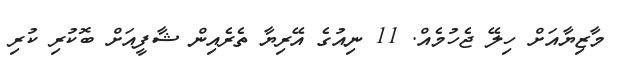
މާޒިޔާއަށް ހިލޭ ޖެހުމެއް. 11 ނިއުގެ އޭރިޔާ ތެރެއިން ޝާފީއަށް ބޮކުރި ކުރި